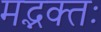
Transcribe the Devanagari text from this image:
मद्भक्तः